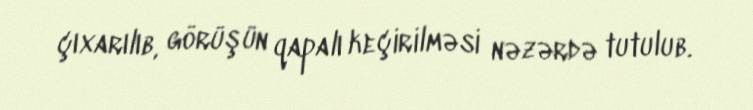
çıxarılıb, görüşün qapalı keçirilməsi nəzərdə tutulub.